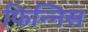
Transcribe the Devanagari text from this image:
फिन्निस